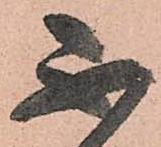
不